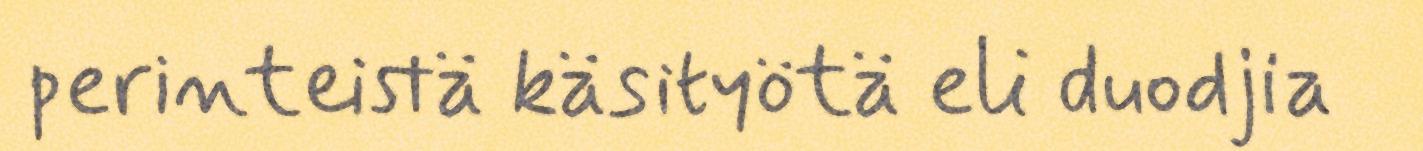
perinteistä käsityötä eli duodjia